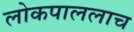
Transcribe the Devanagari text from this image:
लोकपाललाच